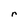
Character: r